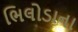
ભિલોડાના